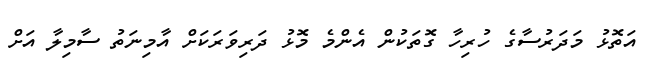
އަތޮޅު މަދަރުސާގެ ހުރިހާ ގޮތަކުން އެންމެ މޮޅު ދަރިވަރަކަށް އާމިނަތު ސާމިލާ އަށް